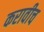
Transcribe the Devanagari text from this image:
करावीच